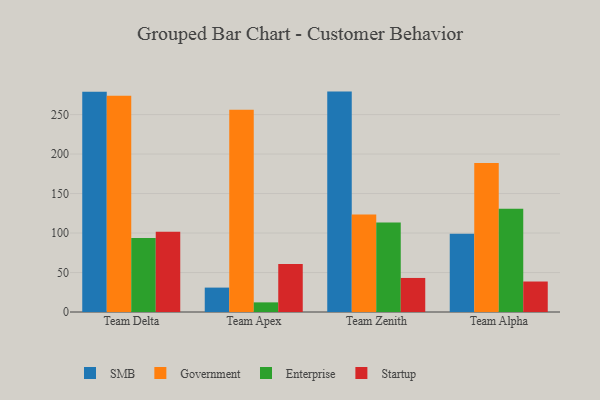
{"axis": {"x": "Team", "y": "Shipments"}, "legend": ["Enterprise", "Government", "SMB", "Startup"], "data": [{"x": "Team Delta", "y": 278.8, "type": "SMB"}, {"x": "Team Delta", "y": 273.8, "type": "Government"}, {"x": "Team Delta", "y": 93.6, "type": "Enterprise"}, {"x": "Team Delta", "y": 101.7, "type": "Startup"}, {"x": "Team Apex", "y": 30.9, "type": "SMB"}, {"x": "Team Apex", "y": 256.0, "type": "Government"}, {"x": "Team Apex", "y": 12.2, "type": "Enterprise"}, {"x": "Team Apex", "y": 60.9, "type": "Startup"}, {"x": "Team Zenith", "y": 279.1, "type": "SMB"}, {"x": "Team Zenith", "y": 123.4, "type": "Government"}, {"x": "Team Zenith", "y": 113.2, "type": "Enterprise"}, {"x": "Team Zenith", "y": 43.1, "type": "Startup"}, {"x": "Team Alpha", "y": 99.0, "type": "SMB"}, {"x": "Team Alpha", "y": 188.8, "type": "Government"}, {"x": "Team Alpha", "y": 130.7, "type": "Enterprise"}, {"x": "Team Alpha", "y": 38.6, "type": "Startup"}]}